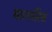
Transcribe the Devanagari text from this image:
मान्गलिक